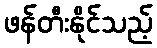
ဖန်တီးနိုင်သည့်